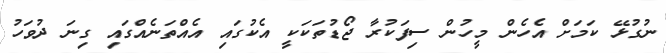
ނުގުޅޭ ކަމަށް އެހެން މީހުން ސިފަކުރާ ޖޯޑުތަކަކީ އެކުގައި އެއްތަނެއްގައި ގިނަ ދުވަހު